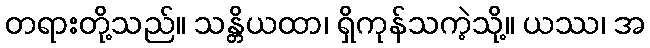
တရားတို့သည်။ သန္တိယထာ၊ ရှိကုန်သကဲ့သို့။ ယဿ၊ အ